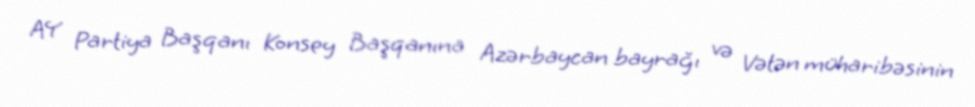
AY Partiya Başqanı Konsey Başqanına Azərbaycan bayrağı və Vətən müharibəsinin